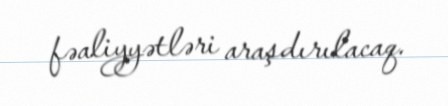
fəaliyyətləri araşdırılacaq.